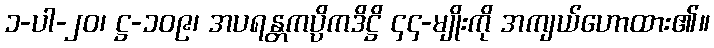
၁-ပါ-၂၀၊ ဋ္ဌ-၁၀၉၊ အပရန္တကပ္ပိကဒိဋ္ဌိ ၄၄-မျိုးကို အကျယ်ဟောထား၏။